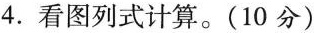
4.看图列式计算。(10分)